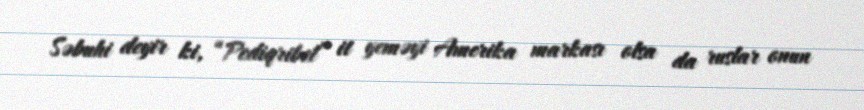
Səbuhi deyir ki, “Pediqribel” it yeməyi Amerika markası olsa da ruslar onun